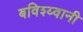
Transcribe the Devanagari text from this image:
बविश्य्वानी